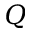
Q